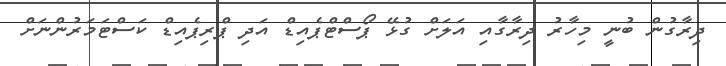
ދިރާގުން ބުނީ މިހާރު ދިރާގާއި އަލަށް ގުޅޭ ޕޯސްޓްޕެއިޑް އަދި ޕްރިޕެއިޑް ކަސްޓަމަރުންނަށް